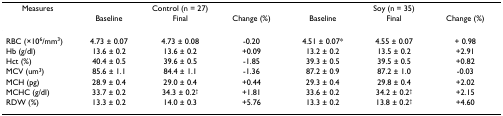
| Measures | <COLSPAN=3> Control (n = 27) | <COLSPAN=3> Soy (n = 35) |
 |  | Baseline | Final | Change (%) | Baseline | Final | Change (%) |
 | --- | --- | --- | --- | --- | --- | --- |
 | RBC (×106/mm3) | 4.73 ± 0.07 | 4.73 ± 0.08 | -0.20 | 4.51 ± 0.07* | 4.55 ± 0.07 | + 0.98 |
 | Hb (g/dl) | 13.6 ± 0.2 | 13.6 ± 0.2 | +0.09 | 13.2 ± 0.2 | 13.5 ± 0.2 | +2.91 |
 | Hct (%) | 40.4 ± 0.5 | 39.6 ± 0.5 | -1.85 | 39.3 ± 0.5 | 39.5 ± 0.5 | +0.82 |
 | MCV (um3) | 85.6 ± 1.1 | 84.4 ± 1.1 | -1.36 | 87.2 ± 0.9 | 87.2 ± 1.0 | -0.03 |
 | MCH (pg) | 28.9 ± 0.4 | 29.0 ± 0.4 | +0.44 | 29.3 ± 0.4 | 29.8 ± 0.4 | +2.02 |
 | MCHC (g/dl) | 33.7 ± 0.2 | 34.3 ± 0.2† | +1.81 | 33.6 ± 0.2 | 34.2 ± 0.2† | +2.15 |
 | RDW (%) | 13.3 ± 0.2 | 14.0 ± 0.3 | +5.76 | 13.3 ± 0.2 | 13.8 ± 0.2† | +4.60 |